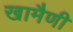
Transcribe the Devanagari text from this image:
खामैणी